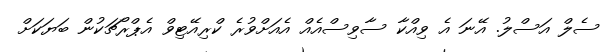
ސެލް އަސްލު. އޭނަ އެ ވިއްކާ ސާވިސްއެއް އެއަށްވުރެ ކްރިއޭޓިވް އެޕްރޯޗަކުން ބަޔަކަށް